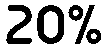
20%